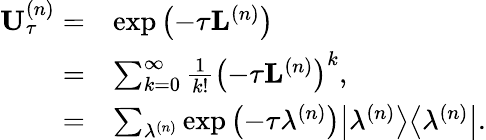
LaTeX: \begin{array}{rl}{\mathbf{U}_{\tau}^{\left(n\right)}=}&{\exp\left(-\tau\mathbf{L}^{\left(n\right)}\right)}\\ {=}&{\sum_{k=0}^{\infty}\frac{1}{k!}\left(-\tau\mathbf{L}^{\left(n\right)}\right)^{k},}\\ {=}&{\sum_{\lambda^{\left(n\right)}}\exp\left(-\tau\lambda^{\left(n\right)}\right)\big\vert\lambda^{\left(n\right)}\big\rangle\big\langle\lambda^{\left(n\right)}\big\vert.}\end{array}